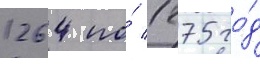
1264 по́ 1275 го́д